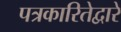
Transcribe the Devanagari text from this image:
पत्रकारितेद्वारे